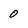
Character: 0